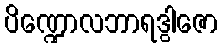
ပိဏ္ဍောလဘာရဒွါဇော